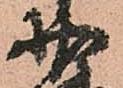
少